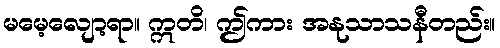
မမေ့လျော့ရာ။ ဣတိ၊ ဤကား အနုသာသနီတည်း။